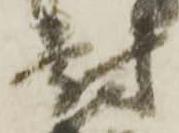
尉